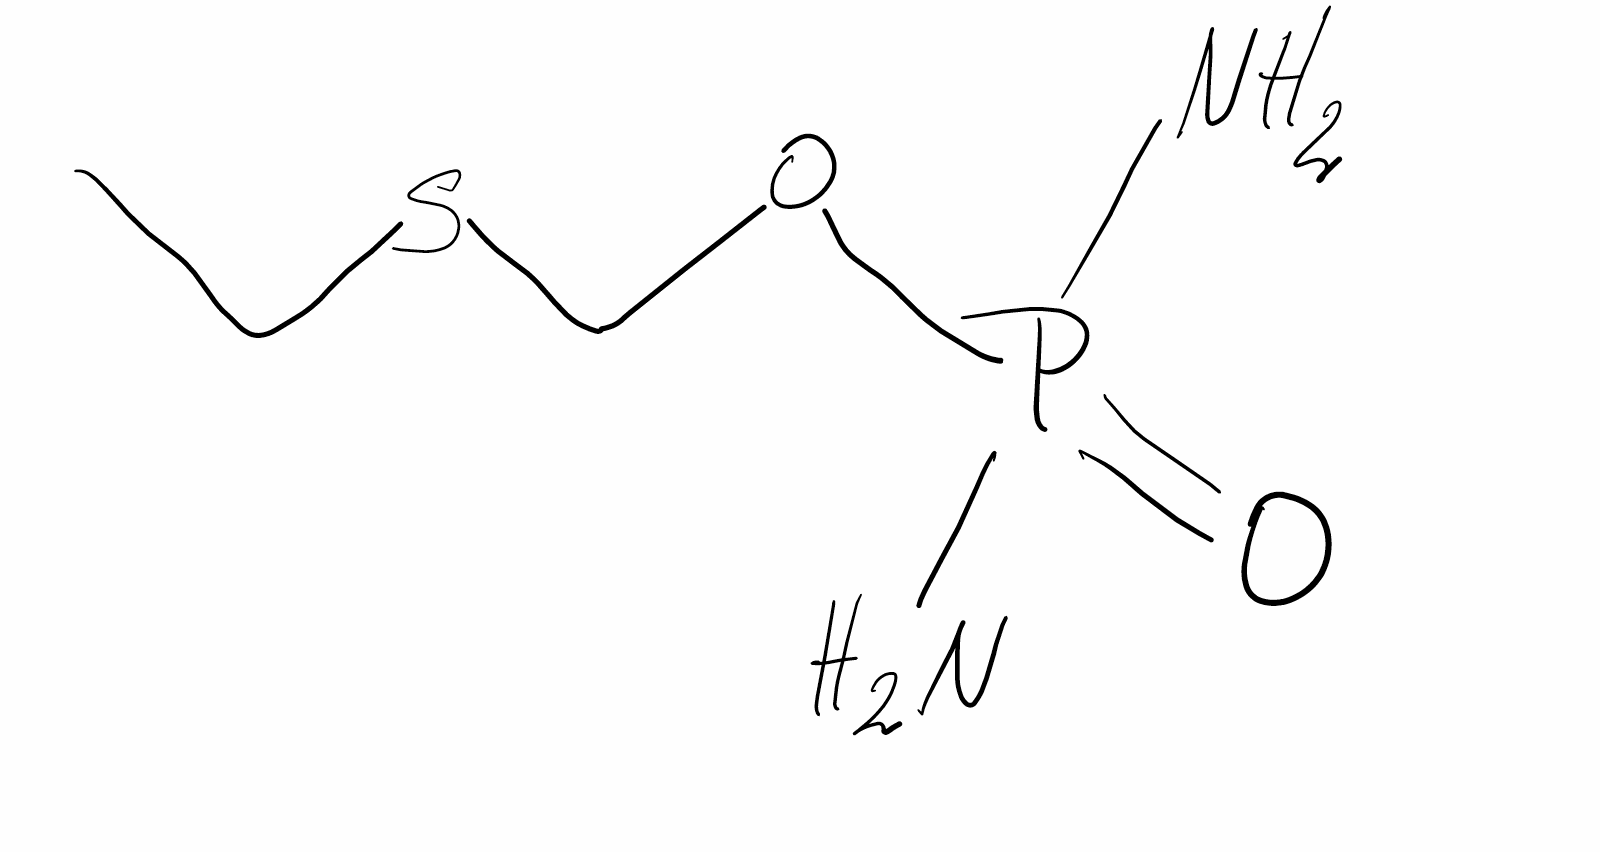
Simplified molecular-input line-entry system (SMILES) notation of the given molecule:
CCSCOP(=O)(N)N